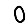
Digit: 0